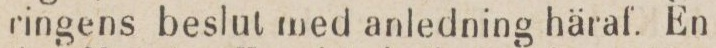
ringens beslut med anledning häraf. En